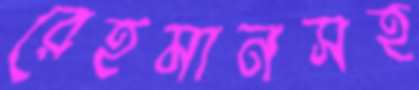
রেহমানসহ